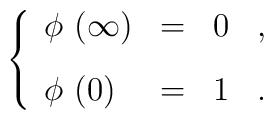
\left\{\begin{array}{lcll}\phi ~ (\infty) &=& 0 & ,  \vspace{3mm}\\ \phi ~ (0) &=&1 & .\end{array} \right.